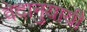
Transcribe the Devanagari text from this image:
वेदानुयायी